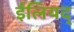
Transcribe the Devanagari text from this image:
ईलियद्